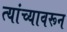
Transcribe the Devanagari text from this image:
त्यांच्यावरून